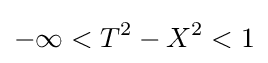
-\infty <T^{2}-X^{2}<1